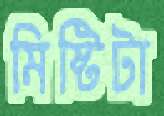
মিষ্টিটা